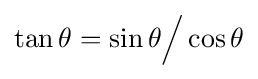
\tan \theta =\sin \theta {\Big /}\cos \theta